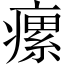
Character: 瘰